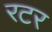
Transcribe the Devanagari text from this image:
रटर